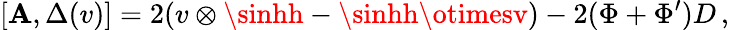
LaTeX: [\mathbf{A},\Delta(v)]=2(v\otimes\sinhh-\sinhh\otimesv)-2(\Phi+\Phi^{\prime})D\, ,